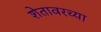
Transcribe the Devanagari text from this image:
शेतावरच्या